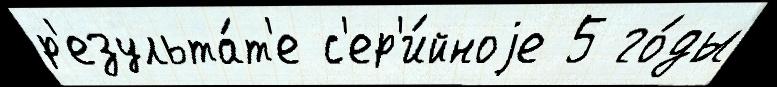
р'езульта́т'е с'ер'и́йноjе 5 го́ды